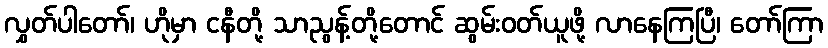
လွှတ်ပါတော်၊ ဟိုမှာ ငနီတို့ သာညွန့်တို့တောင် ဆွမ်းဝတ်ယူဖို့ လာနေကြပြီ၊ တော်ကြာ